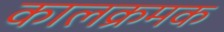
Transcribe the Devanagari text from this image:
कालक्रमक